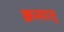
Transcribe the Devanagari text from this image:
क्रमात्